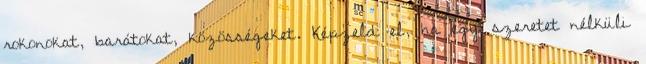
rokonokat, barátokat, közösségeket. Képzeld el, ha egy szeretet nélküli